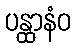
ပန္ထာနံဝ